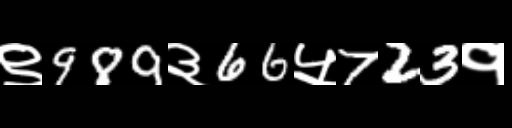
Text: ९989३66५723१